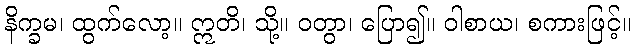
နိက္ခမ၊ ထွက်လော့။ ဣတိ၊ သို့။ ဝတွာ၊ ပြော၍။ ဝါစာယ၊ စကားဖြင့်။